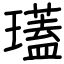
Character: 瓂